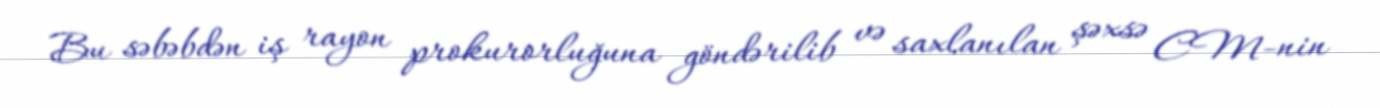
Bu səbəbdən iş rayon prokurorluğuna göndərilib və saxlanılan şəxsə CM-nin